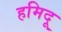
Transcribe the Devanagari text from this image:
हमिदू